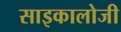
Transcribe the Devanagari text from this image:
साइकालोजी